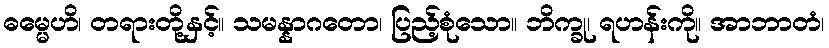
ဓမ္မေဟိ၊ တရားတို့နှင့်။ သမန္နာဂတော၊ ပြည့်စုံသော။ ဘိက္ခု၊ ရဟန်းကို။ အာဘာတံ၊